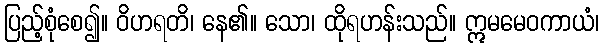
ပြည့်စုံစေ၍။ ဝိဟရတိ၊ နေ၏။ သော၊ ထိုရဟန်းသည်။ ဣမမေဝကာယံ၊